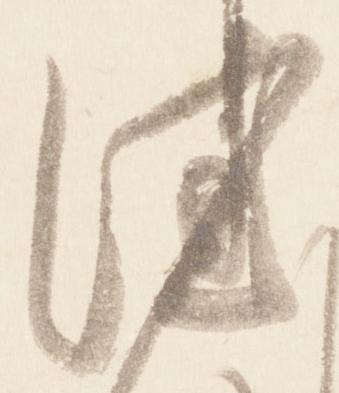
佳